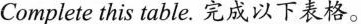
Complete this table.完成以下表格。